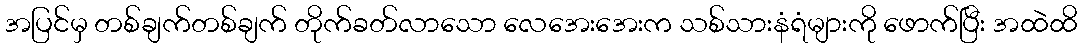
အပြင်မှ တစ်ချက်တစ်ချက် တိုက်ခတ်လာသော လေအေးအေးက သစ်သားနံရံများကို ဖောက်ပြီး အထဲထိ